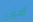
أموري